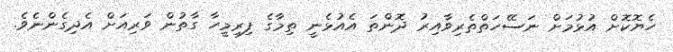
ހެޔޮކޮށް އުޅުމަށް ނަސޭހަތްތެރިވާއިރު ދޮންތަ އެއުޅެނީ ތިމާގެ ފިރިމީހާ ގާތުން ވަރިއަށް އެދިގެންނެވެ.